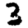
Digit: 3